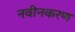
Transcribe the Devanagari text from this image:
नवीनकरण